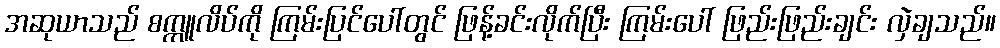
အဆုယာသည် စက္ကူလိပ်ကို ကြမ်းပြင်ပေါ်တွင် ဖြန့်ခင်းလိုက်ပြီး ကြမ်းပေါ် ဖြည်းဖြည်းချင်း လှဲချသည်။